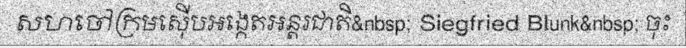
សហចៅក្រមស៊ើបអង្កេតអន្តរជាតិ&nbsp; Siegfried Blunk&nbsp; ចុះ